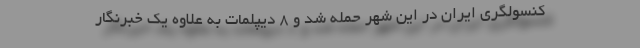
کنسولگری ایران در این شهر حمله شد و 8 دیپلمات به علاوه یک خبرنگار